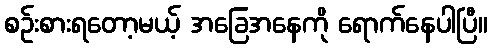
စဉ်းစားရတော့မယ့် အခြေအနေကို ရောက်နေပါပြီ။